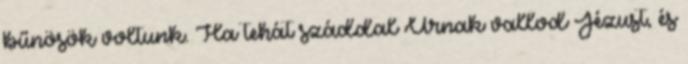
bűnösök voltunk. Ha tehát száddal Úrnak vallod Jézust, és